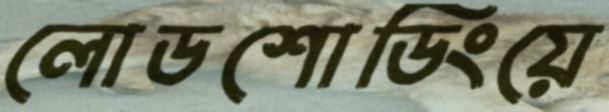
লোডশোডিংয়ে